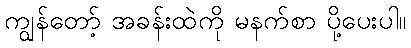
ကျွန်တော့် အခန်းထဲကို မနက်စာ ပို့ပေးပါ။